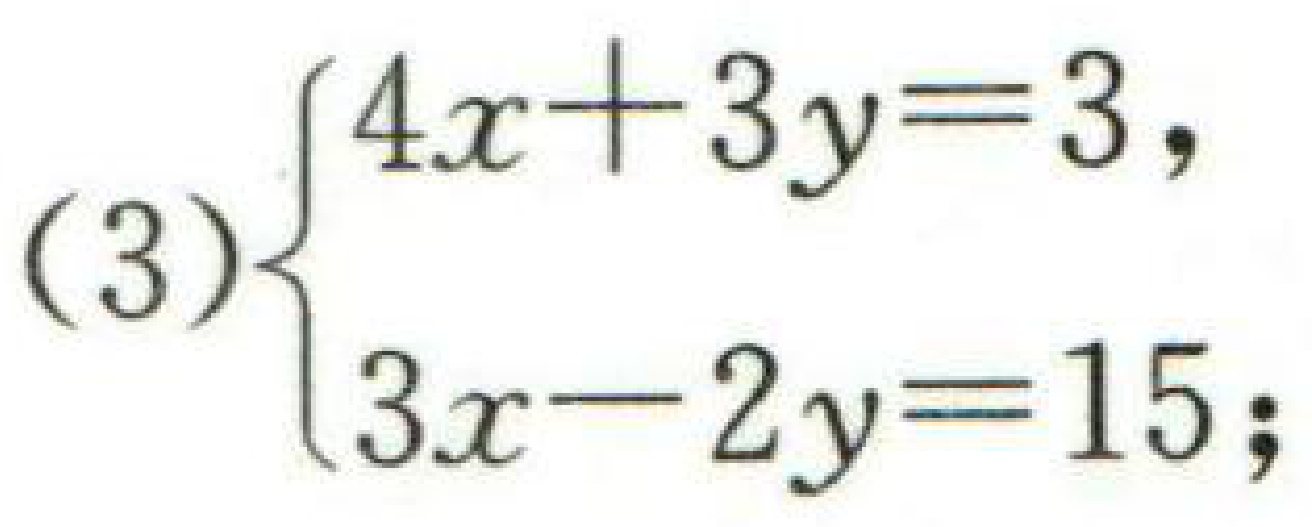
\[(3)\begin{cases}4x + 3y = 3,\\3x - 2y = 15;\end{cases}\]